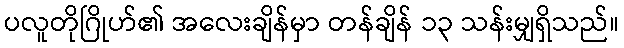
ပလူတိုဂြိုဟ်၏ အလေးချိန်မှာ တန်ချိန် ၁၃ သန်းမျှရှိသည်။